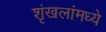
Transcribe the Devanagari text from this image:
शृंखलांमध्ये